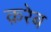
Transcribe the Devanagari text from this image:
क़रेब